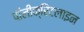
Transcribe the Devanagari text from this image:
पॉलीक्रिटलाइन